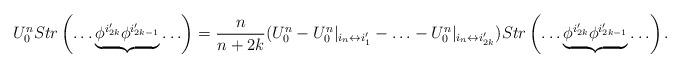
LaTeX: \begin{align*}U^n_0Str\left(\ldots \underbrace{\phi^{i_{2k}'}\phi^{i_{2k-1}'}}\ldots \right)=\frac{n}{n+2k}(U^n_0-U^n_0|_{i_n\leftrightarrow i_1'}-\ldots -U^n_0|_{i_n\leftrightarrow i_{2k}'})Str\left(\ldots \underbrace{\phi^{i_{2k}'}\phi^{i_{2k-1}'}}\ldots \right).\end{align*}